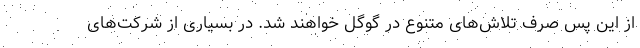
از این پس صرف تلاش‌های متنوع در گوگل خواهند شد. در بسیاری از شرکت‌های